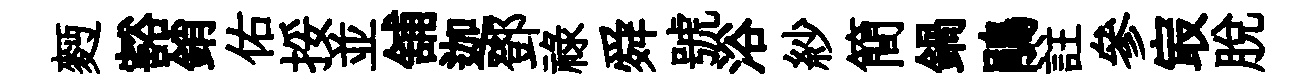
麪豁銷佑挼並舖迦鄧祿舜號浴紗簡鍋鵑註參㝡脱